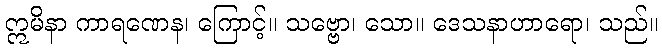
ဣမိနာ ကာရဏေန၊ ကြောင့်။ သဗ္ဗော၊ သော။ ဒေသနာဟာရော၊ သည်။